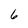
Character: 6